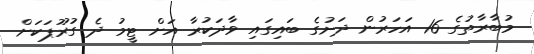
މުބާރާތުގެ 16 އަހަރުން ދަށުގެ ބައިގައި ވާދަކުރާ އަށް ޓީމު ދެ ގުރޫޕަކަށް